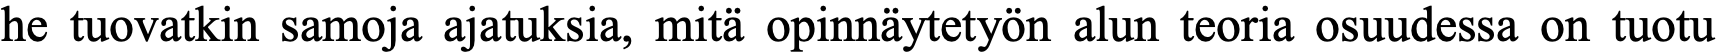
he tuovatkin samoja ajatuksia, mitä opinnäytetyön alun teoria osuudessa on tuotu